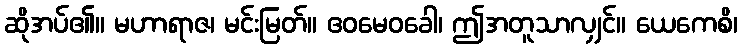
ဆိုအပ်၏။ မဟာရာဇ၊ မင်းမြတ်။ ဧဝမေဝခေါ၊ ဤအတူသာလျှင်။ ယေကေစိ၊